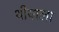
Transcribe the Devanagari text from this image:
थीयाला